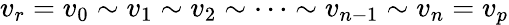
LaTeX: v_{r}=v_{0}\sim v_{1}\sim v_{2}\sim\cdots\sim v_{n-1}\sim v_{n}=v_{p}